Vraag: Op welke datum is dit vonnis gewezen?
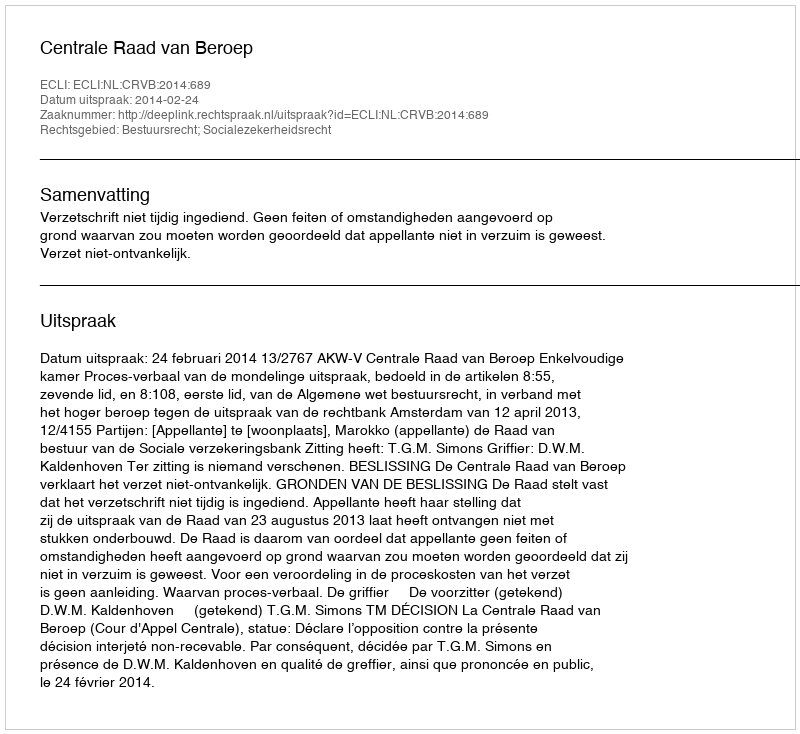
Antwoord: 2014-02-24